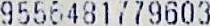
9556481779603